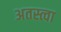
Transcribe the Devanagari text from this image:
अतस्त्वा